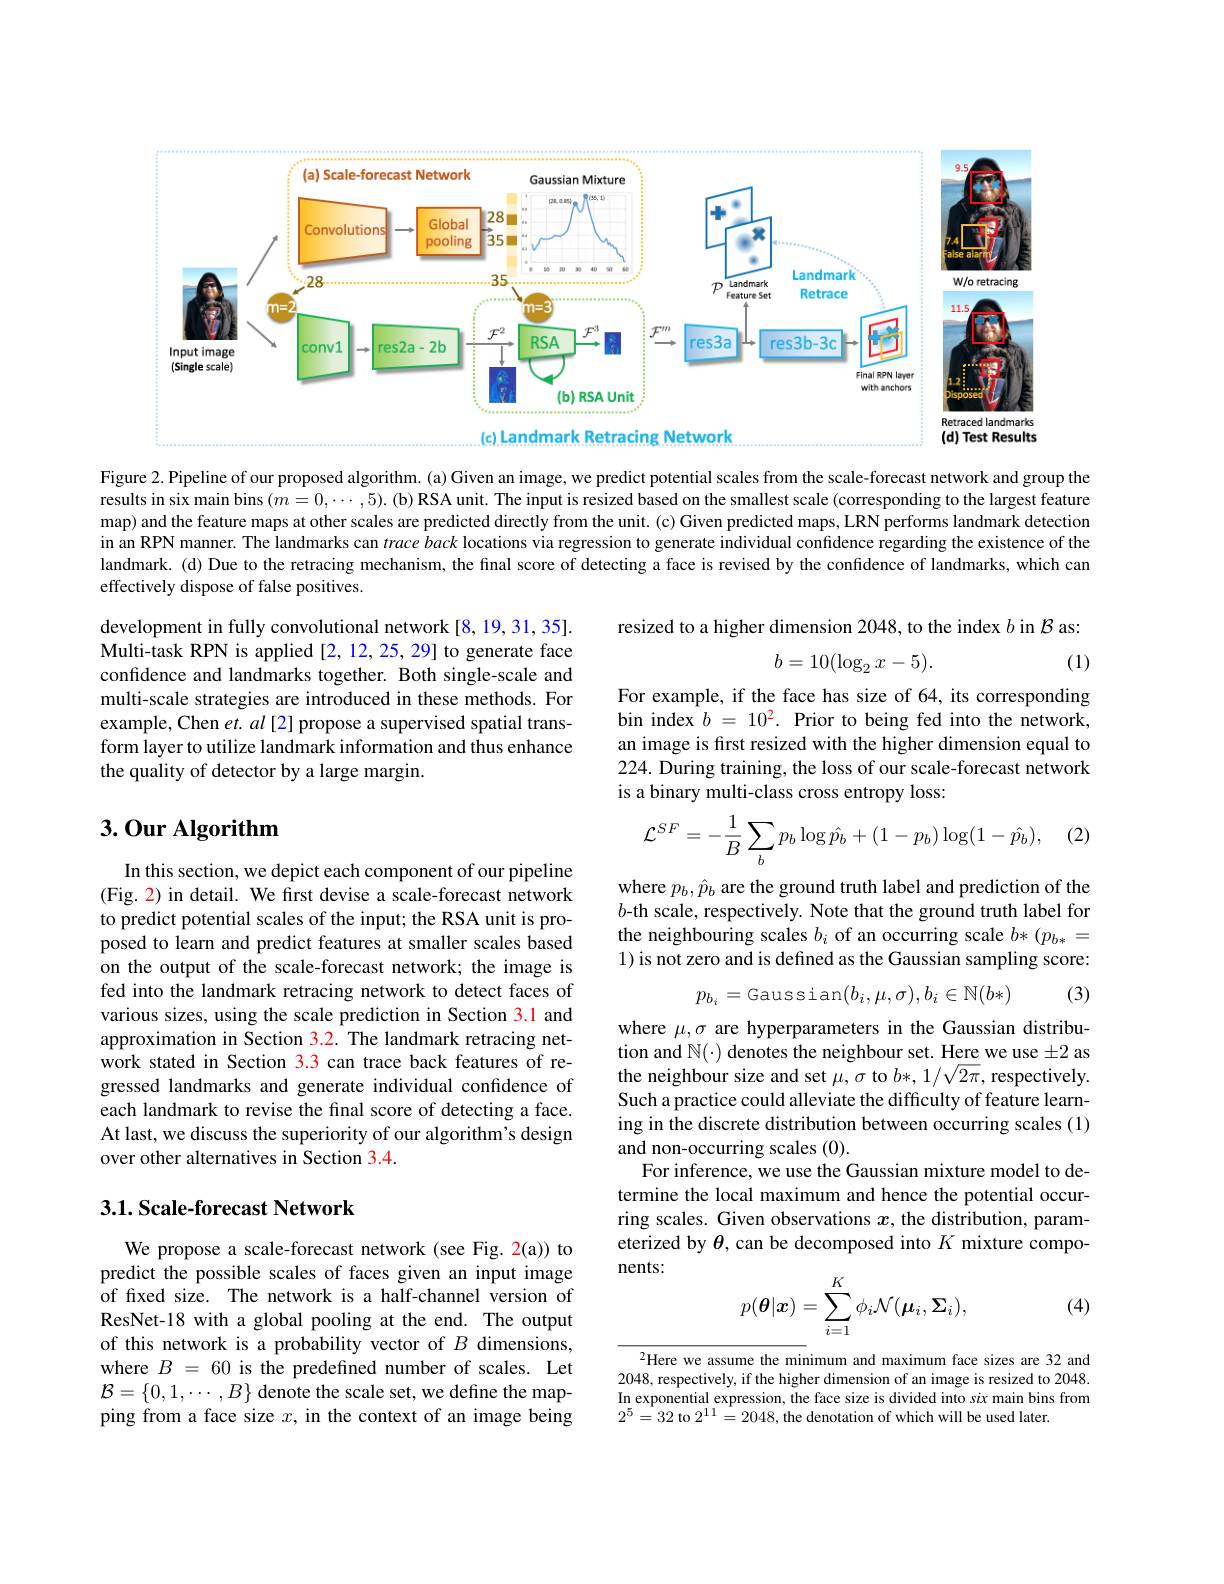
<FigureHere>

Figure 2. Pipeline of our proposed algorithm. (a) Given an image, we predict potential scales from the scale-forecast network and group the results in six main bins $(m=0,\cdots,5).$ (b) RSA unit. The input is resized based on the smallest scale (corresponding to the largest feature map) and the feature maps at other scales are predicted directly from the unit. (c) Given predicted maps, LRN performs landmark detection in an RPN manner. The landmarks can $trace\textit{back locations via regression to generate individual confidence regarding the existence of the an RPN manner. The landmarks can trace back locations via regression to generate individual confidence regarding th}$ landmark. (d) Due to the retracing mechanism, the final score of detecting a face is revised by the confidence of landmarks, which can effectively dispose of false positives.

resized to a higher dimension 2048, to the index $b$ in $\mathcal{B}$ as:

(1)
$$b=10(\log_2x-5).$$
development in fully convolutional network[8,19,31,35]. Multi-task RPN is applied [2, 12, 25, 29] to generate face confidence and landmarks together. Both single-scale and multi-scale strategies are introduced in these methods. For example, Chen $et.al$ [2] propose a supervised spatial transform layer to utilize landmark information and thus enhance the quality of detector by a large margin.

For example, if the face has size of 64, its corresponding bin index $b=10^2.$ Prior to being fed into the network, an image is fırst resized with the higher dimension equal to 224. During training, the loss of our scale-forecast network is a binary multi-class cross entropy loss:

# 3.0ur Algorithm

(2)
$$\mathcal{L}^{SF}=-\frac{1}{B}\sum_{b}p_{b}\log\hat{p_{b}}+(1-p_{b})\log(1-\hat{p_{b}}),$$
where $p_b,\hat{p}_b$ are the ground truth label and prediction of the $b$-th scale, respectively. Note that the ground truth label for the neighbouring scales $b_i$ of an occurring scale $b*(p_{b*}=$ 1) is not zero and is defined as the Gaussian sampling score:
$$p_{b_{i}}=\text{Gaussian}(b_{i},\mu,\sigma),b_{i}\in\mathbb{N}(b*)$$
(3)

In this section, we depict each component of our pipeline (Fig. 2) in detail. We fırst devise a scale-forecast network to predict potential scales of the input; the RSA unit is proposed to learn and predict features at smaller scales based on the output of the scale-forecast network; the image is fed into the landmark retracing network to detect faces of various sizes, using the scale prediction in Section 3.1 and approximation in Section 3.2. The landmark retracing network stated in Section 3.3 can trace back features of regressed landmarks and generate individual confidence of each landmark to revise the final score of detecting a face. At last, we discuss the superiority of our algorithm's design over other alternatives in Section 3.4.

where $\mu,\sigma$ are hyperparameters in the Gaussian distribution and $\mathbb{N}(\cdot)$ denotes the neighbour set. Here we use $\pm2$ as the neighbour size and set $\mu,\sigma$ to $b*,1/\sqrt{2\pi}$, respectively. Such a practice could alleviate the difficulty of feature learning in the discrete distribution between occurring scales (1) and non-occurring scales (0).
For inference, we use the Gaussian mixture model to determine the local maximum and hence the potential occurring scales. Given observations $x$, the distribution, parameterized by $\theta$,can be decomposed into $K$ mixture components:
$$p(\boldsymbol{\theta}|\boldsymbol{x})=\sum_{i=1}^K\phi_i\mathcal{N}(\boldsymbol{\mu}_i,\boldsymbol{\Sigma}_i),$$
## 3.1. Scale-forecast Network

(4)

We propose a scale-forecast network (see Fig. 2(a)) to predict the possible scales of faces given an input image of fixed size. The network is a half-channel version of ResNet-18 with a global pooling at the end. The output of this network is a probability vector of $B$ dimensions, where $B=60$ is the predefined number of scales. Let $\mathcal{B}=\{0,1,\cdots,B\}$ denote the scale set, we define the mapping from a face size $x$, in the context of an image being

$^{2}$Here we assume the minimum and maximum face sizes are 32 and 2048, respectively, if the higher dimension of an image is resized to 2048. In exponential expression, the face size is divided into six main bins from $2^{5}=32$ to $2^11=2048$, the denotation of which will be used later.